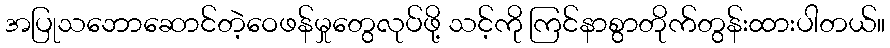
အပြုသဘောဆောင်တဲ့ဝေဖန်မှုတွေလုပ်ဖို့ သင့်ကို ကြင်နာစွာတိုက်တွန်းထားပါတယ်။